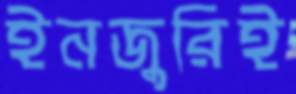
ইনজুরিই